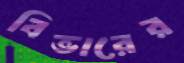
বিভারের